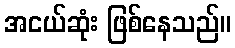
အငယ်ဆုံး ဖြစ်နေသည်။